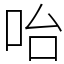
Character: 咍